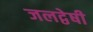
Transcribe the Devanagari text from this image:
जलद्वेषी